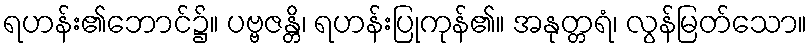
ရဟန်း၏ဘောင်၌။ ပဗ္ဗဇန္တိ၊ ရဟန်းပြုကုန်၏။ အနုတ္တရံ၊ လွန်မြတ်သော။